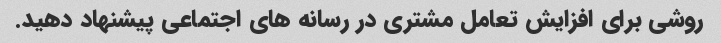
روشی برای افزایش تعامل مشتری در رسانه های اجتماعی پیشنهاد دهید.